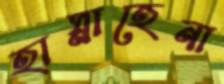
হাস্নাহেনা